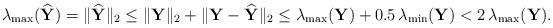
LaTeX: \begin{align*}\lambda_{\mathrm{max}}(\widehat{\mathbf{Y}}) = \|\widehat{\mathbf{Y}}\|_2 \leq \|\mathbf{Y}\|_2 + \|\mathbf{Y} - \widehat{\mathbf{Y}}\|_2 \leq \lambda_{\mathrm{max}}(\mathbf{Y}) + 0.5\, \lambda_{\mathrm{min}}(\mathbf{Y}) < 2\,\lambda_{\mathrm{max}}(\mathbf{Y}).\end{align*}